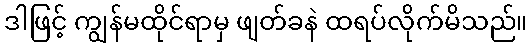
ဒါဖြင့် ကျွန်မထိုင်ရာမှ ဖျတ်ခနဲ ထရပ်လိုက်မိသည်။